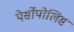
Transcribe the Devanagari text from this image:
पेर्सोपोलिस